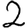
Digit: 2